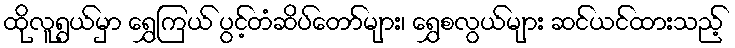
ထိုလူရွယ်မှာ ရွှေကြယ် ပွင့်တံဆိပ်တော်များ၊ ရွှေစလွယ်များ ဆင်ယင်ထားသည့်